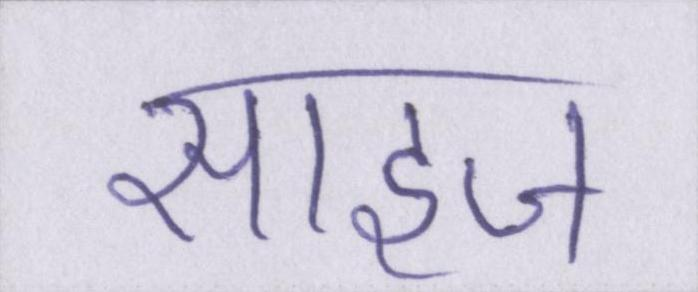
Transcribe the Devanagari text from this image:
साइज